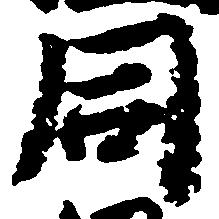
同